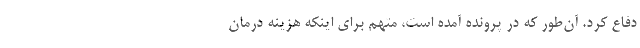
دفاع کرد. آن‌طور ‌که در پرونده آمده است، متهم برای اینکه هزینه درمان